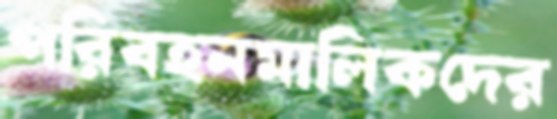
পরিবহনমালিকদের